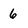
Character: 6